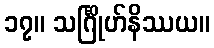
၁၇။ သင်္ဂြိုဟ်နိဿယ။